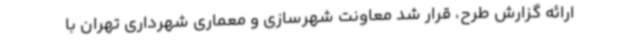
ارائه گزارش طرح، قرار شد معاونت شهرسازی و معماری شهرداری تهران با